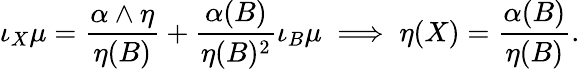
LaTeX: \iota_{X}\mu=\frac{\alpha\wedge\eta}{\eta(B)}+\frac{\alpha(B)}{\eta(B)^{2}}\iota_{B}\mu\implies\eta(X)=\frac{\alpha(B)}{\eta(B)}.